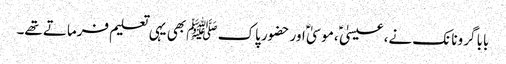
بابا گرونانک نے، عیسیٰ ؑ ،موسیٰ ؑ اور حضور پاک ﷺ بھی یہی تعلیم فرماتے تھے۔